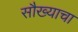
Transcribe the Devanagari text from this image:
सौख्याचा